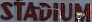
STADIUM